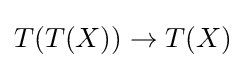
T(T(X))\to T(X)